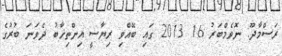
ރަސްމާދޫ: ނޮވެމްބަރު 16 2013 ގައި ބޭއްވި ރިޔާސީ އިންތިޚާބު ދެވަނަ ބުރުގެ